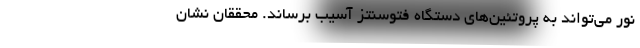
نور می‌تواند به پروتئین‌های دستگاه فتوسنتز آسیب برساند. محققان نشان